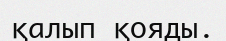
қалып қояды.